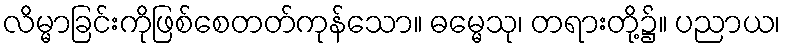
လိမ္မာခြင်းကိုဖြစ်စေတတ်ကုန်သော။ ဓမ္မေသု၊ တရားတို့၌။ ပညာယ၊